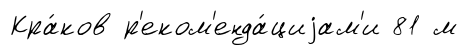
Кра́ков р'еком'енда́циjам'и 81 м